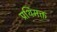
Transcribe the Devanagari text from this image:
प्रथिमक्त